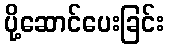
ပို့ဆောင်ပေးခြင်း